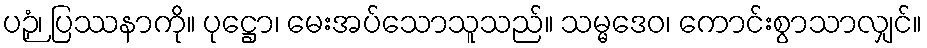
ပဉှံ၊ ပြဿနာကို။ ပုဋ္ဌော၊ မေးအပ်သောသူသည်။ သမ္မဒေဝ၊ ကောင်းစွာသာလျှင်။